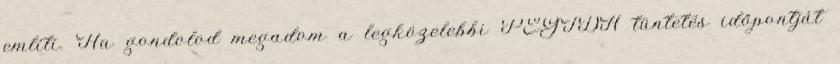
említi. Ha gondolod megadom a legközelebbi PEGIDA tüntetés időpontját